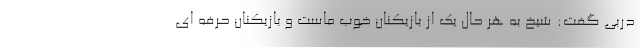
دربی گفت: شیخ به هر حال یک از بازیکنان خوب ماست و بازیکنان حرفه ای